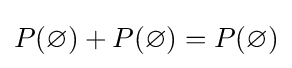
P(\varnothing )+P(\varnothing )=P(\varnothing )